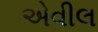
એવીલ